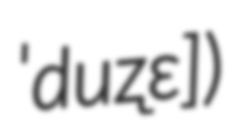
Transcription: ˈduʐɛ])